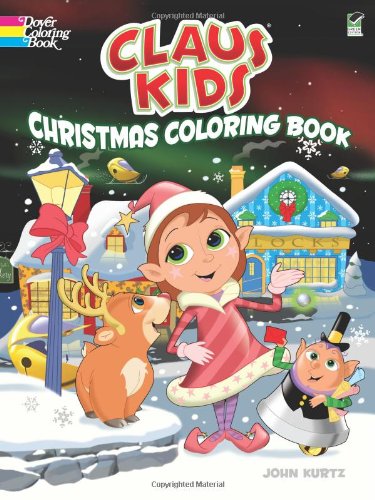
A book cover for Claus Kids Christmas Coloring Book (Dover Holiday Coloring Book); John Kurtz; Children's Books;